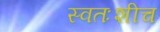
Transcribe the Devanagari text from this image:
स्वतःशीच